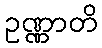
ဥဏ္ဏာတိ